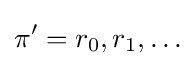
\pi '=r_{0},r_{1},\ldots